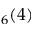
_ 6 ( 4 )